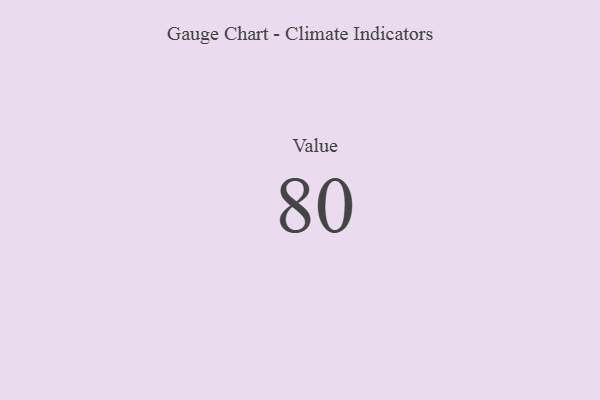
{"axis": {"x": "Metric", "y": "Value"}, "legend": [""], "data": [{"x": "Value", "y": 80, "type": ""}]}